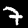
Digit: 7